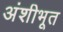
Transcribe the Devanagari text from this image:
अंशीभूत